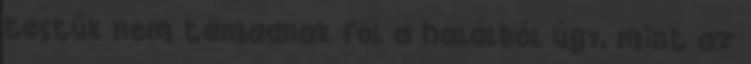
testük nem támadnak föl a halálból úgy, mint az